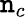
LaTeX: \mathtt{n}_{c}